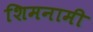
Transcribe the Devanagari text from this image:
शिमनामी